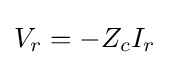
V_{r}=-Z_{c}I_{r}